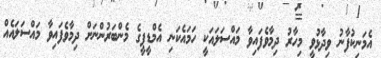
އެމަނިކުފާނު ވިދާޅުވީ މިހާރު ދިމާވެފައިވާ މައްސަލައަކީ ހަމައެކަނި އެމްޑީޕީގެ މެންބަރުންނަށް ދިމާވެފައިވާ މައްސަލައެއް